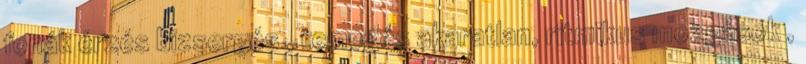
fonák érzés bizsergés , remegés akaratlan, ritmikus mozgások ,